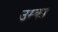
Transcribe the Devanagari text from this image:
उम्का